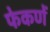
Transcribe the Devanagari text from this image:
फेकणें